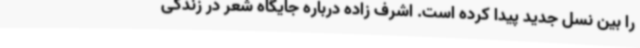
را بین نسل جدید پیدا کرده است. اشرف زاده درباره جایگاه شعر در زندگی